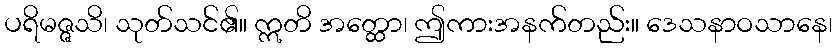
ပရိမဇ္ဇသိ၊ သုတ်သင်၏။ ဣတိ အတ္ထော၊ ဤကားအနက်တည်း။ ဒေသနာဝသာနေ၊